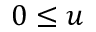
0 \leq u